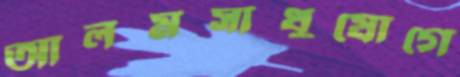
আলমসাধুযোগে